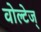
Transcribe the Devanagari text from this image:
वोल्टेज्